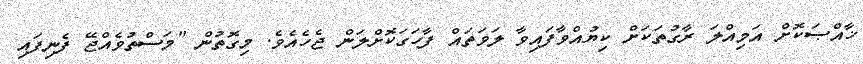
ޚާއްޞަކޮށް އަމިއްލަ ރާގުތަކަށް ކިޔުއްވާފައިވާ ލަވަތައް ފާހަގަކޮށްލަން ޖެހެއެވެ. މިގޮތުން "މަސްތުވެއްޖޭ ފެނިފައި